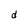
Character: d